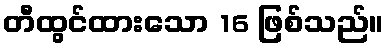
တီထွင်ထားသော 16 ဖြစ်သည်။